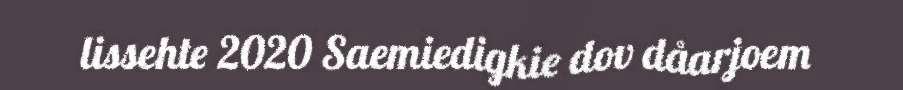
lissehte 2020 Saemiedigkie dov dåarjoem